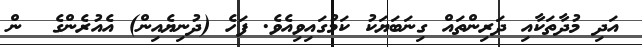
އަދި މުދާތަކާއި ދަރިންތައް ގިނަބަޔަކު ކަމުގައިވިއެވެ. ފަހެ (ދުނިޔެއިން) އެއުރެންގެ  ން